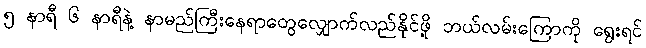
၅ နာရီ ၆ နာရီနဲ့ နာမည်ကြီးနေရာတွေလျှောက်လည်နိုင်ဖို့ ဘယ်လမ်းကြောကို ရွေးရင်